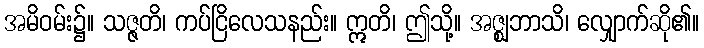
အမိဝမ်း၌။ သဇ္ဇတိ၊ ကပ်ငြိလေသနည်း။ ဣတိ၊ ဤသို့။ အဇ္ဈဘာသိ၊ လျှောက်ဆို၏။